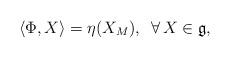
LaTeX: \begin{align*}\langle\Phi,X\rangle=\eta(X_M),\,\,\, \forall\, X\in \mathfrak{g},\end{align*}